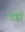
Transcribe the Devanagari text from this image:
दंडाँ